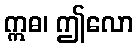
ဣဓ၊ ဤလော